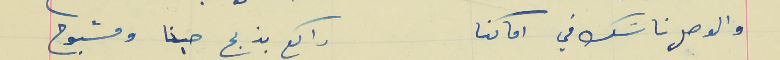
والوصل ناسَك في اماكنا                                             راكع بذبح حبنا ومشبوح